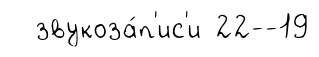
звукоза́п'ис'и 22--19